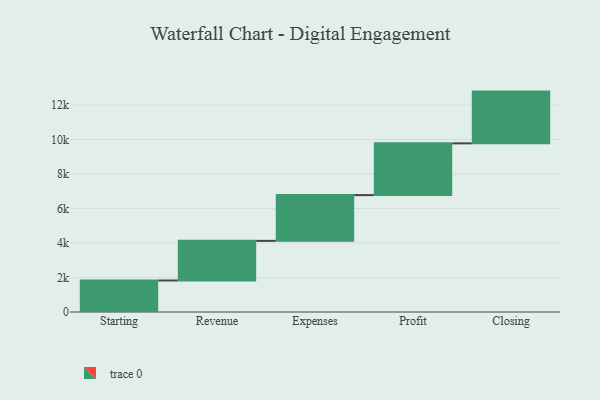
{"axis": {"x": "Step", "y": "Value"}, "legend": [""], "data": [{"x": "Starting", "y": 1827.0, "type": ""}, {"x": "Revenue", "y": 2296.0, "type": ""}, {"x": "Expenses", "y": 2653.0, "type": ""}, {"x": "Profit", "y": 3000, "type": ""}, {"x": "Closing", "y": 3000, "type": ""}]}